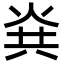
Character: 烡